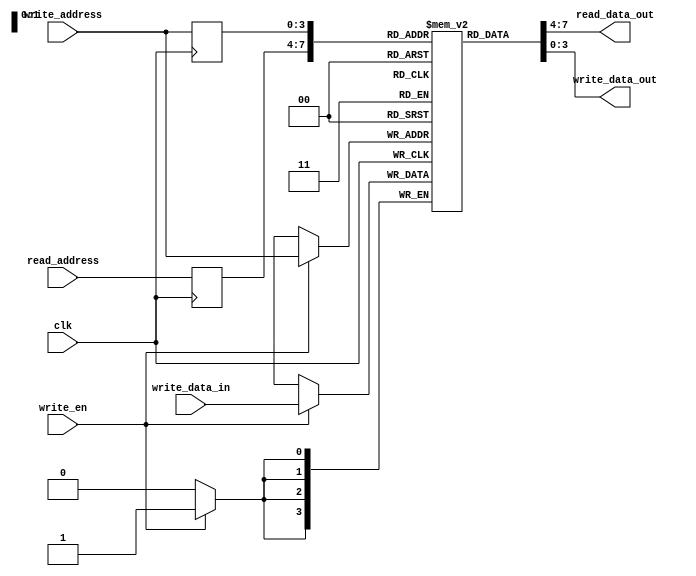
// Synchronous dual-port block ram
// Reference: 
//   https://embeddedthoughts.com/2016/07/13/fifo-buffer-using-block-ram-on-a-xilinx-spartan-3-fpga/
module sync_dual_port_ram
		#( parameter ADDRESS_WIDTH = 4, // number of words in ram
                     DATA_WIDTH    =  4  // number of bits in word
	 )
	
	// IO ports
	(
		input wire clk,                                             // clk for synchronous read/write 
		input wire write_en,                                        // signal to enable synchronous write
		input wire [ADDRESS_WIDTH-1:0] read_address, write_address, // inputs for dual port addresses
		input wire [DATA_WIDTH-1:0] write_data_in,                  // input for data to write to ram
		output wire [DATA_WIDTH-1:0] read_data_out, write_data_out  // outputs for dual data ports
	);
	
	// internal signal declarations
	reg [DATA_WIDTH-1:0] ram [2**ADDRESS_WIDTH-1:0];             // ADDRESS_WIDTH x DATA_WIDTH RAM declaration
	reg [ADDRESS_WIDTH-1:0] read_address_reg, write_address_reg; // dual port address declarations
	
	// synchronous write and address update
	always @(posedge clk)
		begin
		if (write_en)  							 // if write enabled
		   ram[write_address] <= write_data_in; // write data to ram and write_address 
		    
                read_address_reg  <= read_address;      // store read_address to reg
	        write_address_reg <= write_address;     // store write_address to reg
	        end
	
	// assignments for two data out ports
	assign read_data_out  = ram[read_address_reg];
	assign write_data_out = ram[write_address_reg];
endmodule